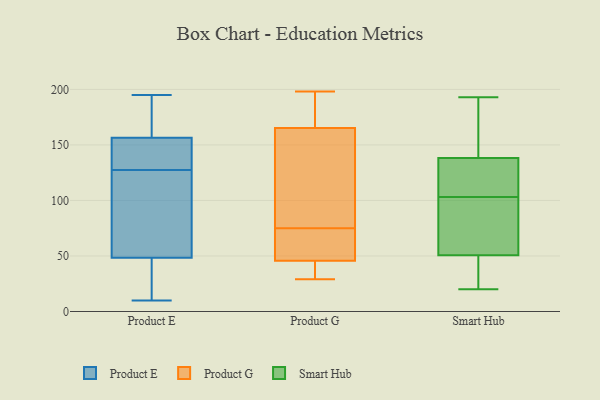
{"axis": {"x": "Customer Acquisition Cost (USD)", "y": "Value"}, "legend": ["Product E", "Product G", "Smart Hub"], "data": [{"x": "", "y": 107, "type": "Product E"}, {"x": "", "y": 168, "type": "Product E"}, {"x": "", "y": 58, "type": "Product E"}, {"x": "", "y": 22, "type": "Product E"}, {"x": "", "y": 118, "type": "Product E"}, {"x": "", "y": 16, "type": "Product E"}, {"x": "", "y": 137, "type": "Product E"}, {"x": "", "y": 181, "type": "Product E"}, {"x": "", "y": 10, "type": "Product E"}, {"x": "", "y": 145, "type": "Product E"}, {"x": "", "y": 115, "type": "Product E"}, {"x": "", "y": 124, "type": "Product E"}, {"x": "", "y": 39, "type": "Product E"}, {"x": "", "y": 132, "type": "Product E"}, {"x": "", "y": 17, "type": "Product E"}, {"x": "", "y": 173, "type": "Product E"}, {"x": "", "y": 136, "type": "Product E"}, {"x": "", "y": 131, "type": "Product E"}, {"x": "", "y": 194, "type": "Product E"}, {"x": "", "y": 195, "type": "Product E"}, {"x": "", "y": 175, "type": "Product G"}, {"x": "", "y": 43, "type": "Product G"}, {"x": "", "y": 29, "type": "Product G"}, {"x": "", "y": 177, "type": "Product G"}, {"x": "", "y": 39, "type": "Product G"}, {"x": "", "y": 43, "type": "Product G"}, {"x": "", "y": 75, "type": "Product G"}, {"x": "", "y": 54, "type": "Product G"}, {"x": "", "y": 136, "type": "Product G"}, {"x": "", "y": 120, "type": "Product G"}, {"x": "", "y": 59, "type": "Product G"}, {"x": "", "y": 194, "type": "Product G"}, {"x": "", "y": 58, "type": "Product G"}, {"x": "", "y": 198, "type": "Product G"}, {"x": "", "y": 120, "type": "Product G"}, {"x": "", "y": 67, "type": "Smart Hub"}, {"x": "", "y": 144, "type": "Smart Hub"}, {"x": "", "y": 39, "type": "Smart Hub"}, {"x": "", "y": 108, "type": "Smart Hub"}, {"x": "", "y": 114, "type": "Smart Hub"}, {"x": "", "y": 89, "type": "Smart Hub"}, {"x": "", "y": 103, "type": "Smart Hub"}, {"x": "", "y": 166, "type": "Smart Hub"}, {"x": "", "y": 49, "type": "Smart Hub"}, {"x": "", "y": 121, "type": "Smart Hub"}, {"x": "", "y": 56, "type": "Smart Hub"}, {"x": "", "y": 31, "type": "Smart Hub"}, {"x": "", "y": 106, "type": "Smart Hub"}, {"x": "", "y": 178, "type": "Smart Hub"}, {"x": "", "y": 88, "type": "Smart Hub"}, {"x": "", "y": 20, "type": "Smart Hub"}, {"x": "", "y": 33, "type": "Smart Hub"}, {"x": "", "y": 193, "type": "Smart Hub"}, {"x": "", "y": 154, "type": "Smart Hub"}]}